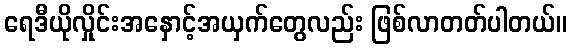
ရေဒီယိုလှိုင်းအနှောင့်အယှက်တွေလည်း ဖြစ်လာတတ်ပါတယ်။